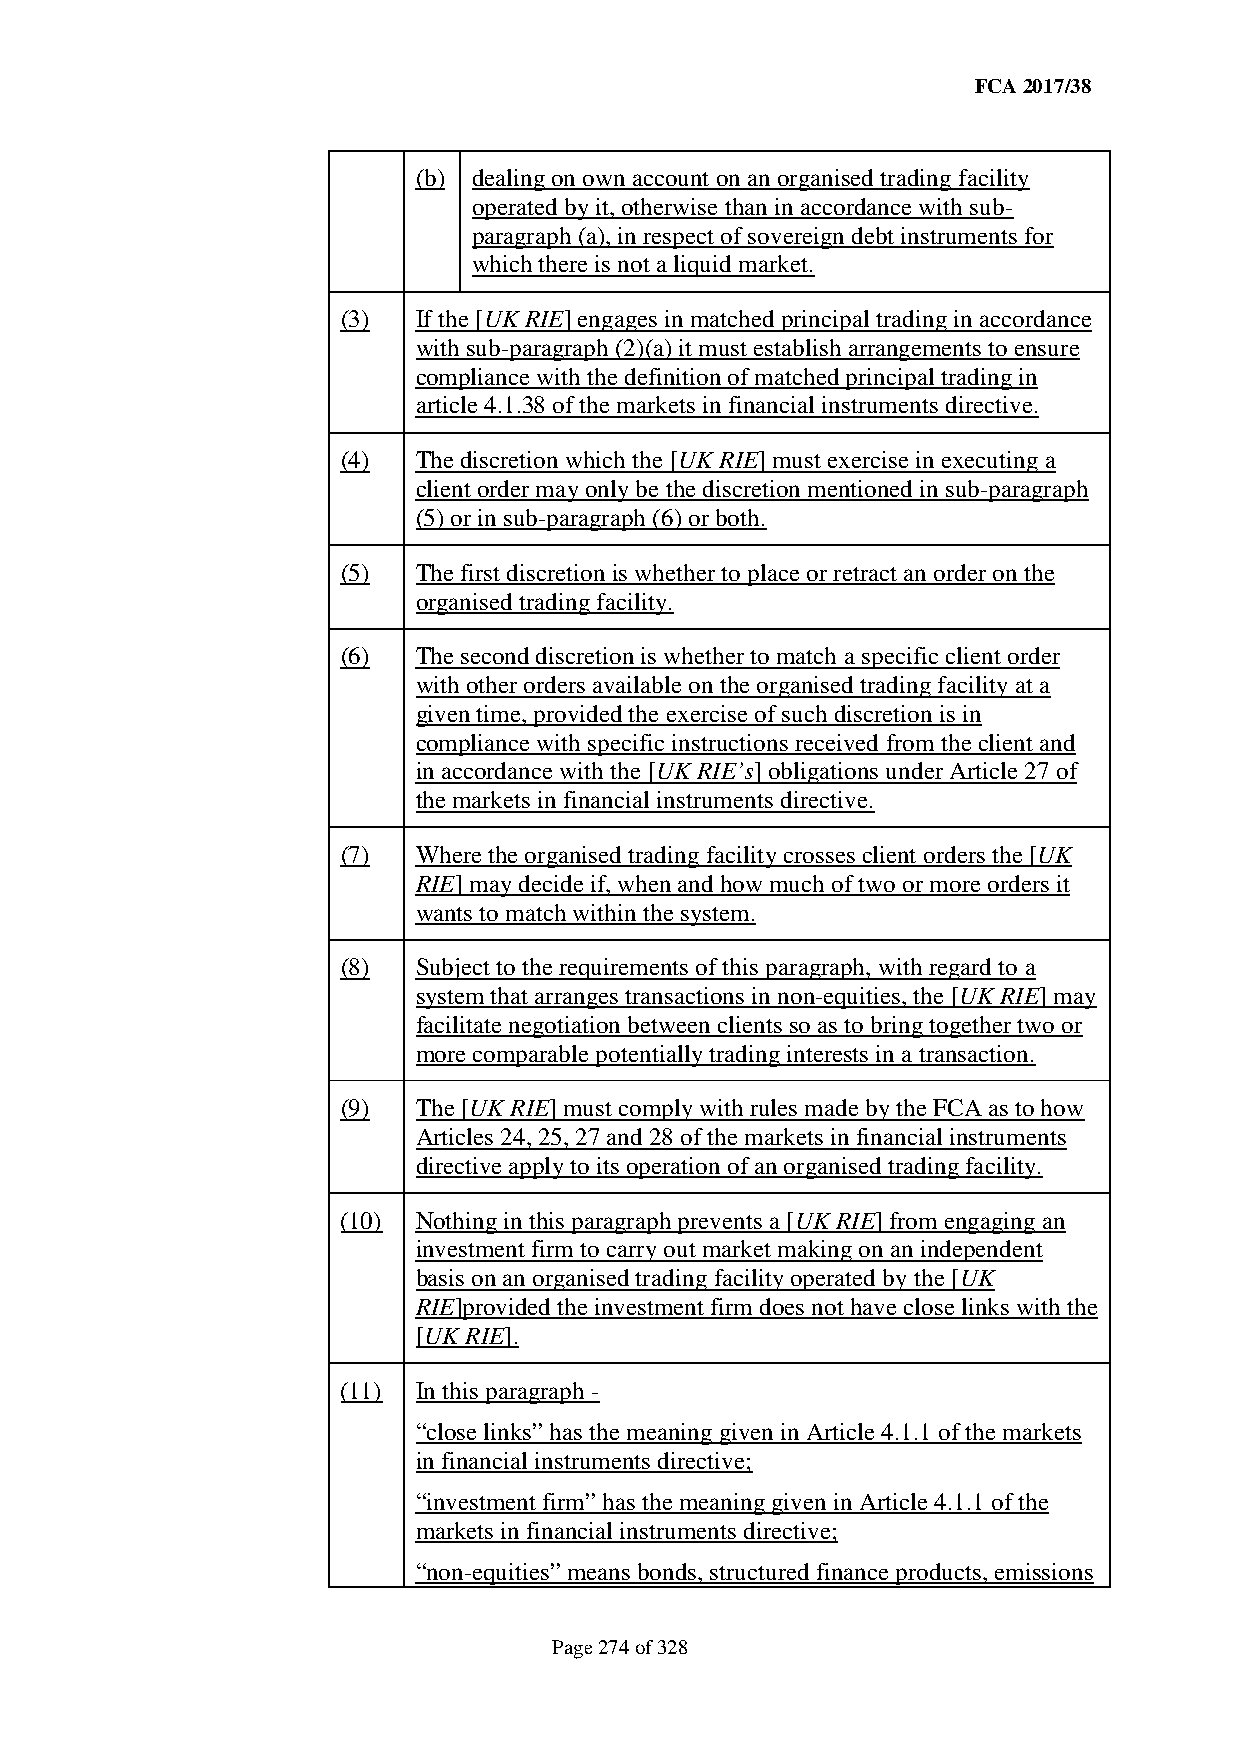
FCA 2017/38
 (b) dealing on own account on an organised trading facility
 operated by it, otherwise than in accordance with sub-
 paragraph (a), in respect of sovereign debt instruments for
 which there is not a liquid market.
 (3)  If the [UK RIE] engages in matched principal trading in accordance
 with sub-paragraph (2)(a) it must establish arrangements to ensure
 compliance with the definition of matched principal trading in
 article 4.1.38 of the markets in financial instruments directive.
 (4)  The discretion which the [UK RIE] must exercise in executing a
 client order may only be the discretion mentioned in sub-paragraph
 (5) or in sub-paragraph (6) or both.
 (5)  The first discretion is whether to place or retract an order on the
 organised trading facility.
 (6)  The second discretion is whether to match a specific client order
 with other orders available on the organised trading facility at a
 given time, provided the exercise of such discretion is in
 compliance with specific instructions received from the client and
 in accordance with the [UK RIE’s] obligations under Article 27 of
 the markets in financial instruments directive.
 (7)  Where the organised trading facility crosses client orders the [UK
 RIE] may decide if, when and how much of two or more orders it
 wants to match within the system.
 (8)  Subject to the requirements of this paragraph, with regard to a
 system that arranges transactions in non-equities, the [UK RIE] may
 facilitate negotiation between clients so as to bring together two or
 more comparable potentially trading interests in a transaction.
 (9)  The [UK RIE] must comply with rules made by the FCA as to how
 Articles 24, 25, 27 and 28 of the markets in financial instruments
 directive apply to its operation of an organised trading facility.
 (10) Nothing in this paragraph prevents a [UK RIE] from engaging an
 investment firm to carry out market making on an independent
 basis on an organised trading facility operated by the [UK
 RIE]provided the investment firm does not have close links with the
 [UK RIE].
 (11) In this paragraph -
 “close links” has the meaning given in Article 4.1.1 of the markets
 in financial instruments directive;
 “investment firm” has the meaning given in Article 4.1.1 of the
 markets in financial instruments directive;
 “non-equities” means bonds, structured finance products, emissions
 Page 274 of 328